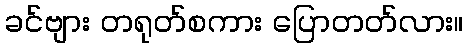
ခင်ဗျား တရုတ်စကား ပြောတတ်လား။